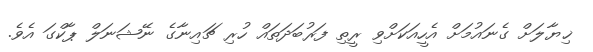
ޚިޔާލަށް ގެނައުމަށް އެހީއަކަށްވި ރީތި ފަރުބަދަތައް ހުރި ޗައިނާގެ ނޭޝަނަލް ޕާކްގަ އެވެ.